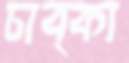
চাব্‌কা